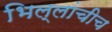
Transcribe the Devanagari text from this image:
भिल्लांचीच